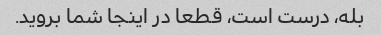
بله، درست است، قطعا در اینجا شما بروید.